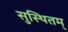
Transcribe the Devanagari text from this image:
सुस्थितम्